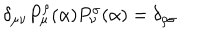
\delta _ { \mu \nu } P _ { \mu } ^ { \rho } ( \alpha ) P _ { \nu } ^ { \sigma } ( \alpha ) = \delta _ { \rho \sigma }